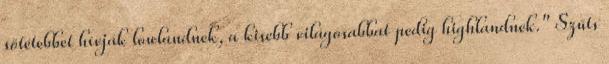
sötétebbet hívják lowlandnek, a kisebb világosabbat pedig highlandnek." Szűts